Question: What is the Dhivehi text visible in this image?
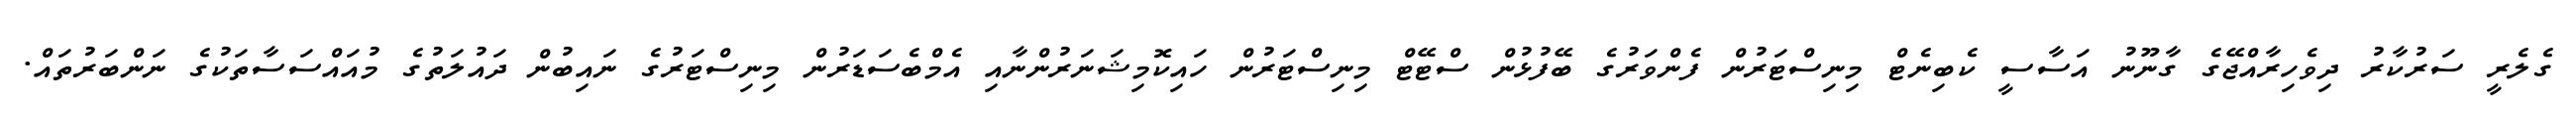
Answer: ގެލެރީ ސަރުކާރު ދިވެހިރާއްޖޭގެ ގާނޫނު އަސާސީ ކެބިނެޓް މިނިސްޓަރުން ފެންވަރުގެ ބޭފުޅުން ސްޓޭޓް މިނިސްޓަރުން ހައިކޮމިޝަނަރުންނާއި އެމްބެސަޑަރުން މިނިސްޓަރުގެ ނައިބުން ދައުލަތުގެ މުއައްސަސާތަކުގެ ނަންބަރުތައް.